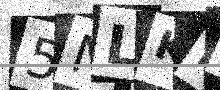
Text: 5NLKBR